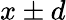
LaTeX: x\pm d